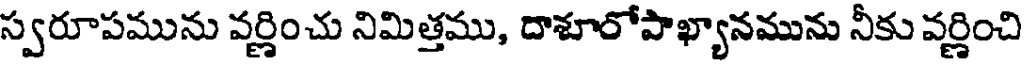
స్వరూపమును వర్ణించు నిమిత్తము, దాశూరోపాఖ్యానమును నీకు వర్ణించి